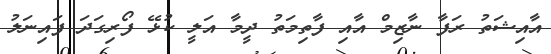
އާއިޝަތު ރަފާ ނާޒިމް އާއި ފާތިމަތު ދީމާ އަލީ ކުޅޭ ފޯރިގަދަ ފައިނަލު